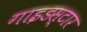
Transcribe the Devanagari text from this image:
गाइडस्टार